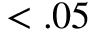
< . 0 5